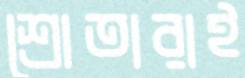
শ্রোতারাই